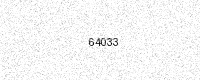
Text: 64033